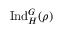
{ \mathrm { I n d } } _ { H } ^ { G } ( \rho )